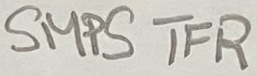
Text: SMPS TFR